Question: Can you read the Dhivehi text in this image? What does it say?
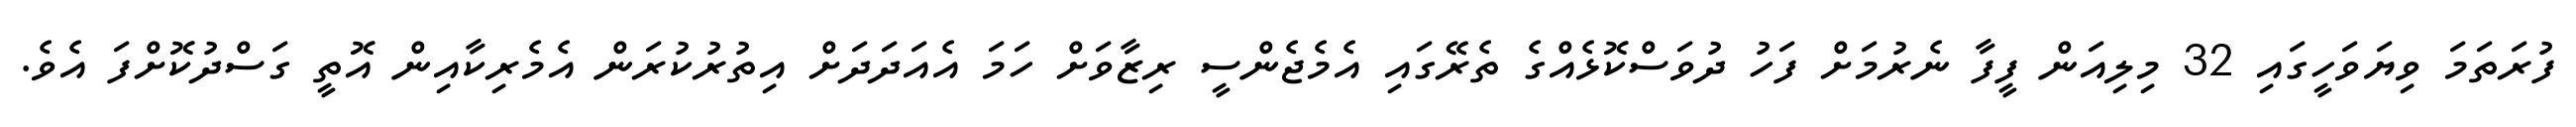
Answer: ފުރަތަމަ ވިޔަވަހީގައި 32 މިލިއަން ފީފާ ނެރުމަށް ފަހު ދުވަސްކޮޅެއްގެ ތެރޭގައި އެމެޖެންސީ ރިޒާވަށް ހަމަ އެއަދަދަށް އިތުރުކުރަން އެމެރިކާއިން އޮތީ ގަސްދުކޮށްފަ އެވެ.